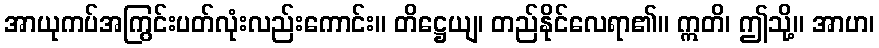
အာယုကပ်အကြွင်းပတ်လုံးလည်းကောင်း။ တိဋ္ဌေယျ၊ တည်နိုင်လေရာ၏။ ဣတိ၊ ဤသို့။ အာဟ၊